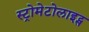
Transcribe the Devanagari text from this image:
स्ट्रोमेटोलाइट्स